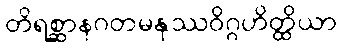
တိရစ္ဆာနဂတမနုဿဝိဂ္ဂဟိတ္ထိယာ